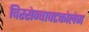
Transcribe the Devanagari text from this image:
विस्सेन्षाफ्टकोलेज